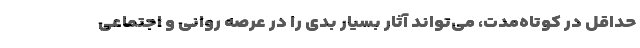
حداقل در کوتاه‌مدت، می‌تواند آثار بسیار بدی را در عرصه روانی و اجتماعی